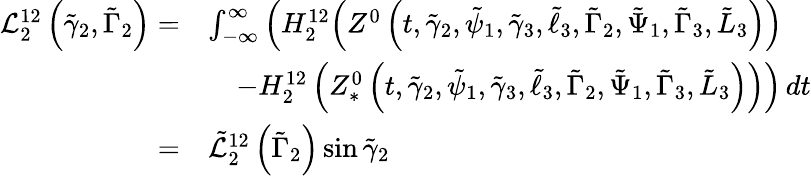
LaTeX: \begin{array}{rl}{\mathcal{L}_{2}^{12}\left(\tilde{\gamma}_{2},\tilde{\Gamma}_{2}\right)=}&{\int_{-\infty}^{\infty}\Big(H_{2}^{12}\Big(Z^{0}\left(t,\tilde{\gamma}_{2},\tilde{\psi}_{1},\tilde{\gamma}_{3},\tilde{\ell}_{3},\tilde{\Gamma}_{2},\tilde{\Psi}_{1},\tilde{\Gamma}_{3},\tilde{L}_{3}\right)\Big)}\\ &{\quad-H_{2}^{12}\left(Z_{*}^{0}\left(t,\tilde{\gamma}_{2},\tilde{\psi}_{1},\tilde{\gamma}_{3},\tilde{\ell}_{3},\tilde{\Gamma}_{2},\tilde{\Psi}_{1},\tilde{\Gamma}_{3},\tilde{L}_{3}\right)\right)\Big)\, dt}\\ {=}&{\tilde{\mathcal{L}}_{2}^{12}\left(\tilde{\Gamma}_{2}\right)\sin\tilde{\gamma}_{2}}\end{array}